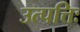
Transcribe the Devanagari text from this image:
उत्पत्तिः